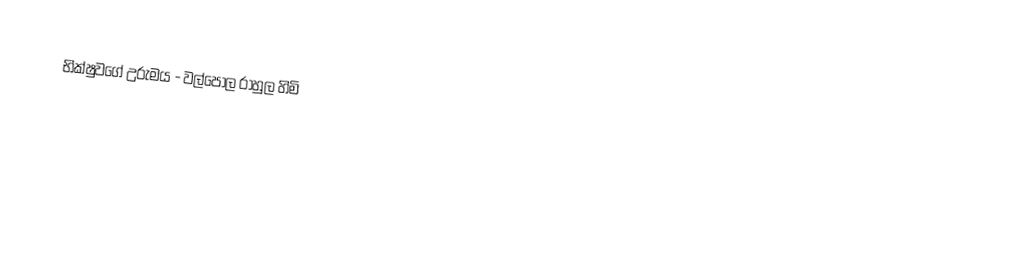
භික්ෂුවගේ උරුමය - වල්පොල රාහුල හිමි